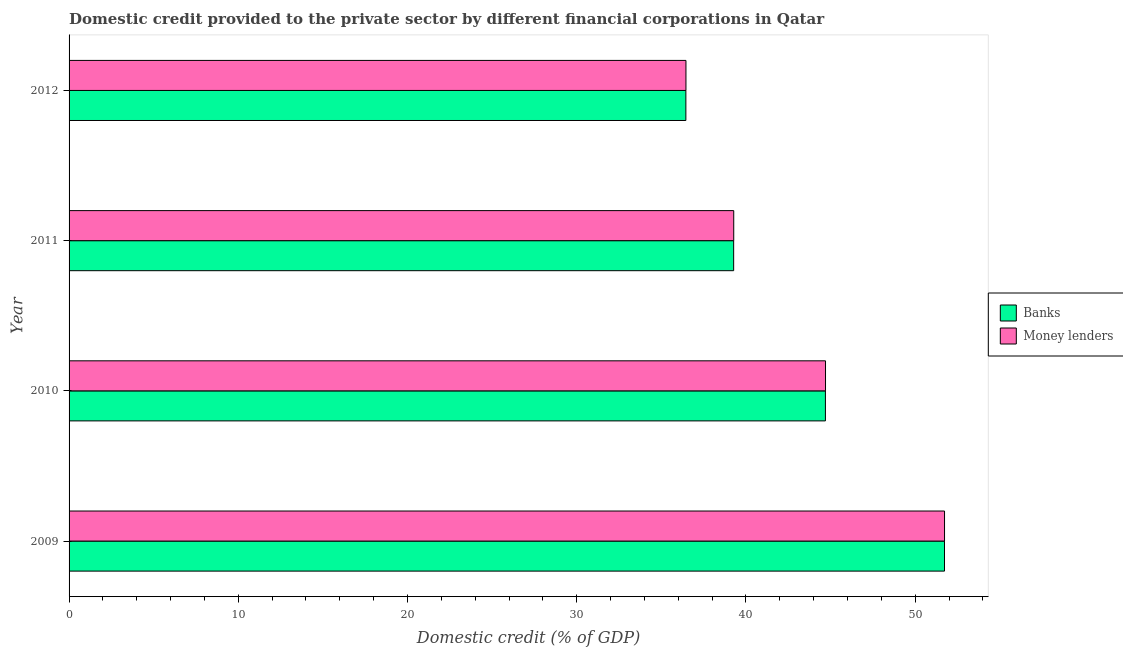
| Year | Banks | Money lenders |
 | --- | --- | --- |
 | 2009 | 51.7 | 51.7 |
 | 2010 | 44.7 | 44.7 |
 | 2011 | 39.3 | 39.3 |
 | 2012 | 36.4 | 36.5 |